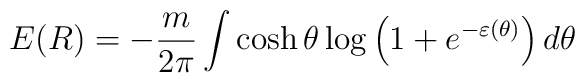
E(R)=-\frac m{2\pi}\int\cosh\theta\log\left(  1+e^{-\varepsilon(\theta)}\right)  d\theta